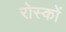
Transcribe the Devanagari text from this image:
रोस्कों